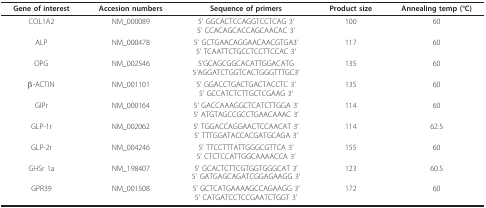
<table><thead><tr><td><b>Gene of interest </b></td><td><b>Accesion numbers </b></td><td><b>Sequence of primers</b></td><td><b>Product size </b></td><td><b>Annealing temp (°C) </b></td></tr></thead><tbody><tr><td>COL1A2</td><td>NM_000089</td><td>5&#x27; GGCACTCCAGGTCCTCAG 3&#x27;5&#x27; CCACAGCACCAGCAACAC 3&#x27;</td><td>100</td><td>60</td></tr><tr><td>ALP</td><td>NM_000478</td><td>5&#x27; GCTGAACAGGAACAACGTGA3&#x27;5&#x27; TCAATTCTGCCTCCTTCCAC 3&#x27;</td><td>117</td><td>60</td></tr><tr><td>OPG</td><td>NM_002546</td><td>5&#x27;GCAGCGGCACATTGGACATG5&#x27;AGGATCTGGTCACTGGGTTTGC3&#x27;</td><td>135</td><td>60</td></tr><tr><td>β-ACTIN</td><td>NM_001101</td><td>5&#x27; GGACCTGACTGACTACCTC 3&#x27;5&#x27; GCCATCTCTTGCTCGAAG 3&#x27;</td><td>135</td><td>60</td></tr><tr><td>GIPr</td><td>NM_000164</td><td>5&#x27; GACCAAAGGCTCATCTTGGA 3&#x27;5&#x27; ATGTAGCCGCCTGAACAAAC 3&#x27;</td><td>114</td><td>60</td></tr><tr><td>GLP-1r</td><td>NM_002062</td><td>5&#x27; TGGACCAGGAACTCCAACAT 3&#x27;5&#x27; TTTGGATACCACGATGCAGA 3&#x27;</td><td>114</td><td>62.5</td></tr><tr><td>GLP-2r</td><td>NM_004246</td><td>5&#x27; TTCCTTTATTGGGCGTTCA 3&#x27;5&#x27; CTCTCCATTGGCAAAACCA 3&#x27;</td><td>155</td><td>60</td></tr><tr><td>GHSr 1a</td><td>NM_198407</td><td>5&#x27; GCACTCTTCGTGGTGGGCAT 3&#x27;5&#x27; GATGAGCAGATCGGAGAAGG 3&#x27;</td><td>123</td><td>60.5</td></tr><tr><td>GPR39</td><td>NM_001508</td><td>5&#x27; GCTCATGAAAAGCCAGAAGG 3&#x27;5&#x27; CATGATCCTCCGAATCTGGT 3&#x27;</td><td>172</td><td>60</td></tr></tbody></table>